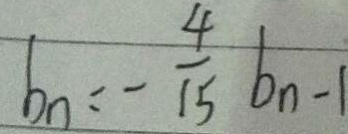
b _ { n } = - \frac { 4 } { 1 5 } b _ { n - 1 }